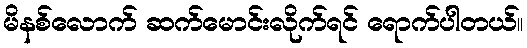
မိနစ်လောက် ဆက်မောင်းလိုက်ရင် ရောက်ပါတယ်။